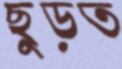
ছুড়ত